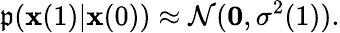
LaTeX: \mathfrak{p}(\mathbf{{\boldsymbol{x}}}(1)|\mathbf{{\boldsymbol{x}}}(0))\approx\mathcal{{N}}(\mathbf{{0}},\sigma^{2}(1)).